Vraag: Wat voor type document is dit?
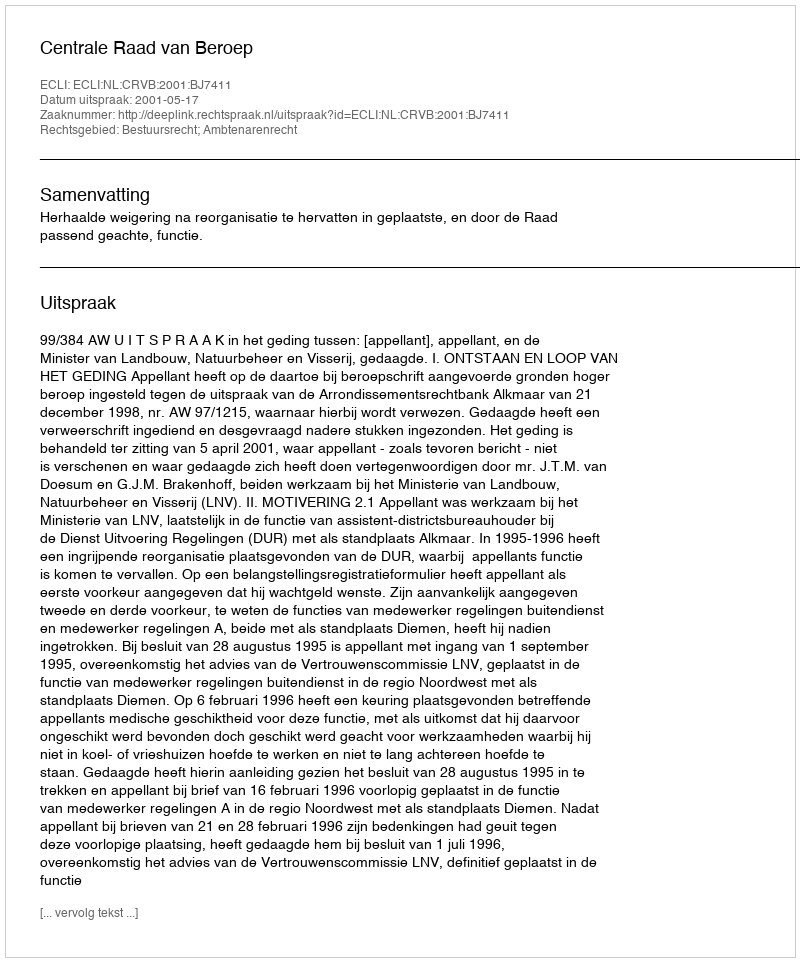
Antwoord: Uitspraak